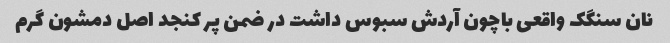
نان سنگک واقعی باچون آردش سبوس داشت در ضمن پر کنجد اصل دمشون گرم